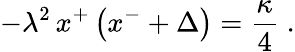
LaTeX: -\lambda^{2}\, x^{+}\left(x^{-}+\Delta\right)={\frac{\kappa}{4}}\; .